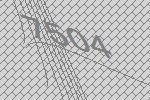
7504